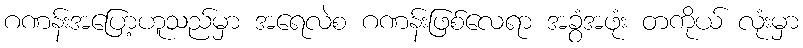
ဂဏန်းအပြော့ဟူသည်မှာ အရေလဲစ ဂဏန်းဖြစ်လေရာ အခွံအဖုံး တကိုယ် လုံးမှာ